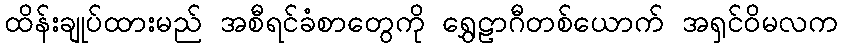
ထိန်းချုပ်ထားမည် အစီရင်ခံစာတွေကို ရွှေဠာဂီတစ်ယောက် အရှင်ဝိမလက